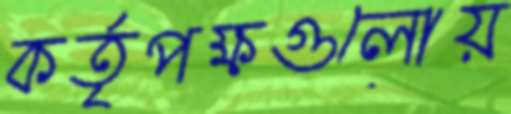
কর্তৃপক্ষগুলোয়